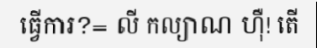
ធ្វើការ?= លី កល្យាណ ហ៊ឺ! តើ